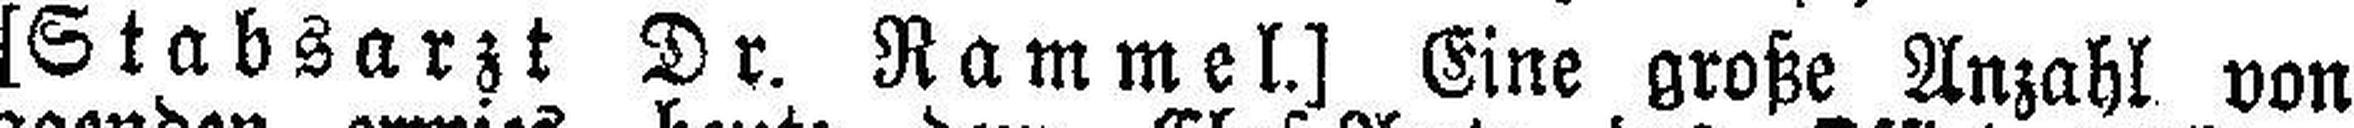
[Stabsarzt Dr. Rammel.] Eine große Anzahl von